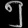
Digit: ၅